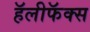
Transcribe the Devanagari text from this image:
हॅलीफॅक्स